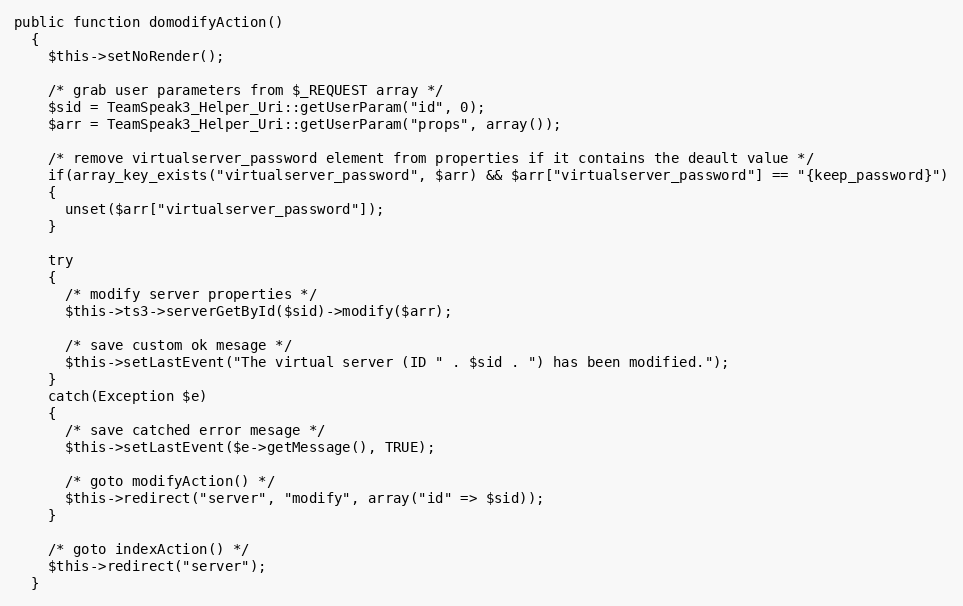
Language: PHP
public function domodifyAction()
  {
    $this->setNoRender();

    /* grab user parameters from $_REQUEST array */
    $sid = TeamSpeak3_Helper_Uri::getUserParam("id", 0);
    $arr = TeamSpeak3_Helper_Uri::getUserParam("props", array());

    /* remove virtualserver_password element from properties if it contains the deault value */
    if(array_key_exists("virtualserver_password", $arr) && $arr["virtualserver_password"] == "{keep_password}")
    {
      unset($arr["virtualserver_password"]);
    }

    try
    {
      /* modify server properties */
      $this->ts3->serverGetById($sid)->modify($arr);

      /* save custom ok mesage */
      $this->setLastEvent("The virtual server (ID " . $sid . ") has been modified.");
    }
    catch(Exception $e)
    {
      /* save catched error mesage */
      $this->setLastEvent($e->getMessage(), TRUE);

      /* goto modifyAction() */
      $this->redirect("server", "modify", array("id" => $sid));
    }

    /* goto indexAction() */
    $this->redirect("server");
  }